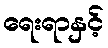
ရေးရာနှင့်